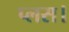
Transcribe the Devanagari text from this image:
प्लस।